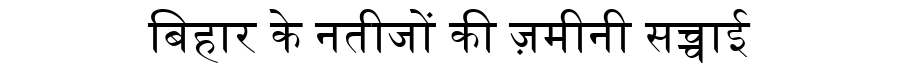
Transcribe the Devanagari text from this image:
बिहार के नतीजों की ज़मीनी सच्चाई